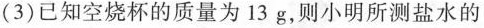
(3)已知空烧杯的质量为13g，则小明所测盐水的